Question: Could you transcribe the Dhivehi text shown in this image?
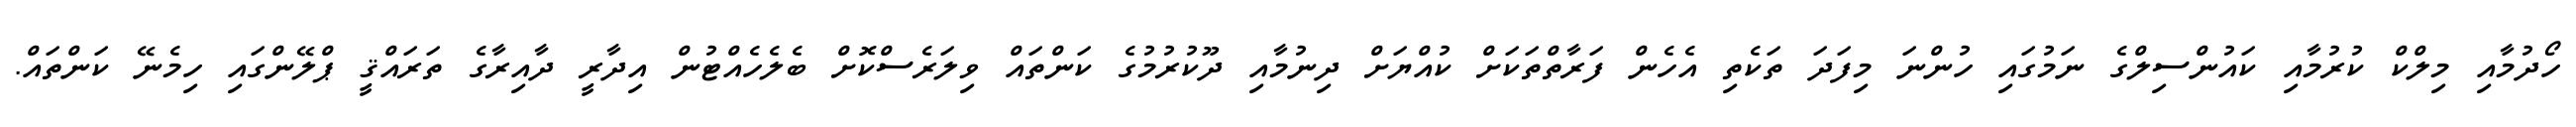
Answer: ހޯދުމާއި މިލްކް ކުރުމާއި ކައުންސިލްގެ ނަމުގައި ހުންނަ މިފަދަ ތަކެތި އެހެން ފަރާތްތަކަށް ކުއްޔަށް ދިނުމާއި ދޫކުރުމުގެ ކަންތައް ވިލަރެސްކޮށް ބެލެހެއްޓުން އިދާރީ ދާއިރާގެ ތަރައްޤީ ޕްލޭންގައި ހިމެނޭ ކަންތައް.